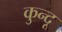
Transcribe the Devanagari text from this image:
कुन्दू